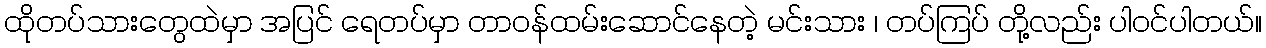
ထိုတပ်သားတွေထဲမှာ အပြင် ရေတပ်မှာ တာဝန်ထမ်းဆောင်နေတဲ့ မင်းသား ၊ တပ်ကြပ် တို့လည်း ပါဝင်ပါတယ်။